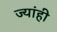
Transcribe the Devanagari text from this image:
ज्यांही